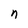
Character: n